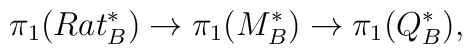
\pi_1(Rat_B^*) \to \pi_1(M_B^*) \to \pi_1(Q_B^*),